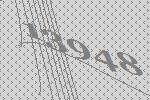
13948